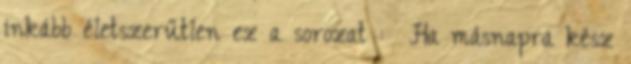
inkább életszerűtlen ez a sorozat : Ha másnapra kész